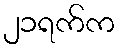
၂၁ရက်က